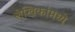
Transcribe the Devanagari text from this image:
लेखिकांमध्ये